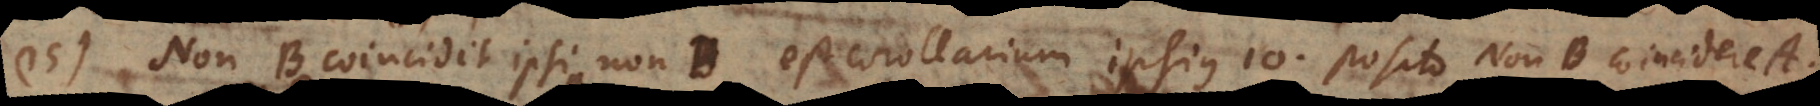
15) Non‐B coincidit ipsi non‐B est corollarium ipsius 10, posito Non‐B coincidere